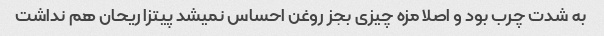
به شدت چرب بود و اصلا مزه چیزی بجز روغن احساس نمیشد پیتزا ریحان هم نداشت